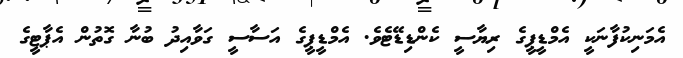
އެމަނިކުފާނަކީ އެމްޑީޕީގެ ރިޔާސީ ކެންޑިޑޭޓެވެ. އެމްޑީޕީގެ އަސާސީ ގަވާއިދު ބުނާ ގޮތުން އެޕާޓީގެ